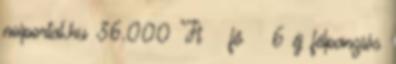
noiportal.hu 36.000 Ft fő 6 éj félpanziós